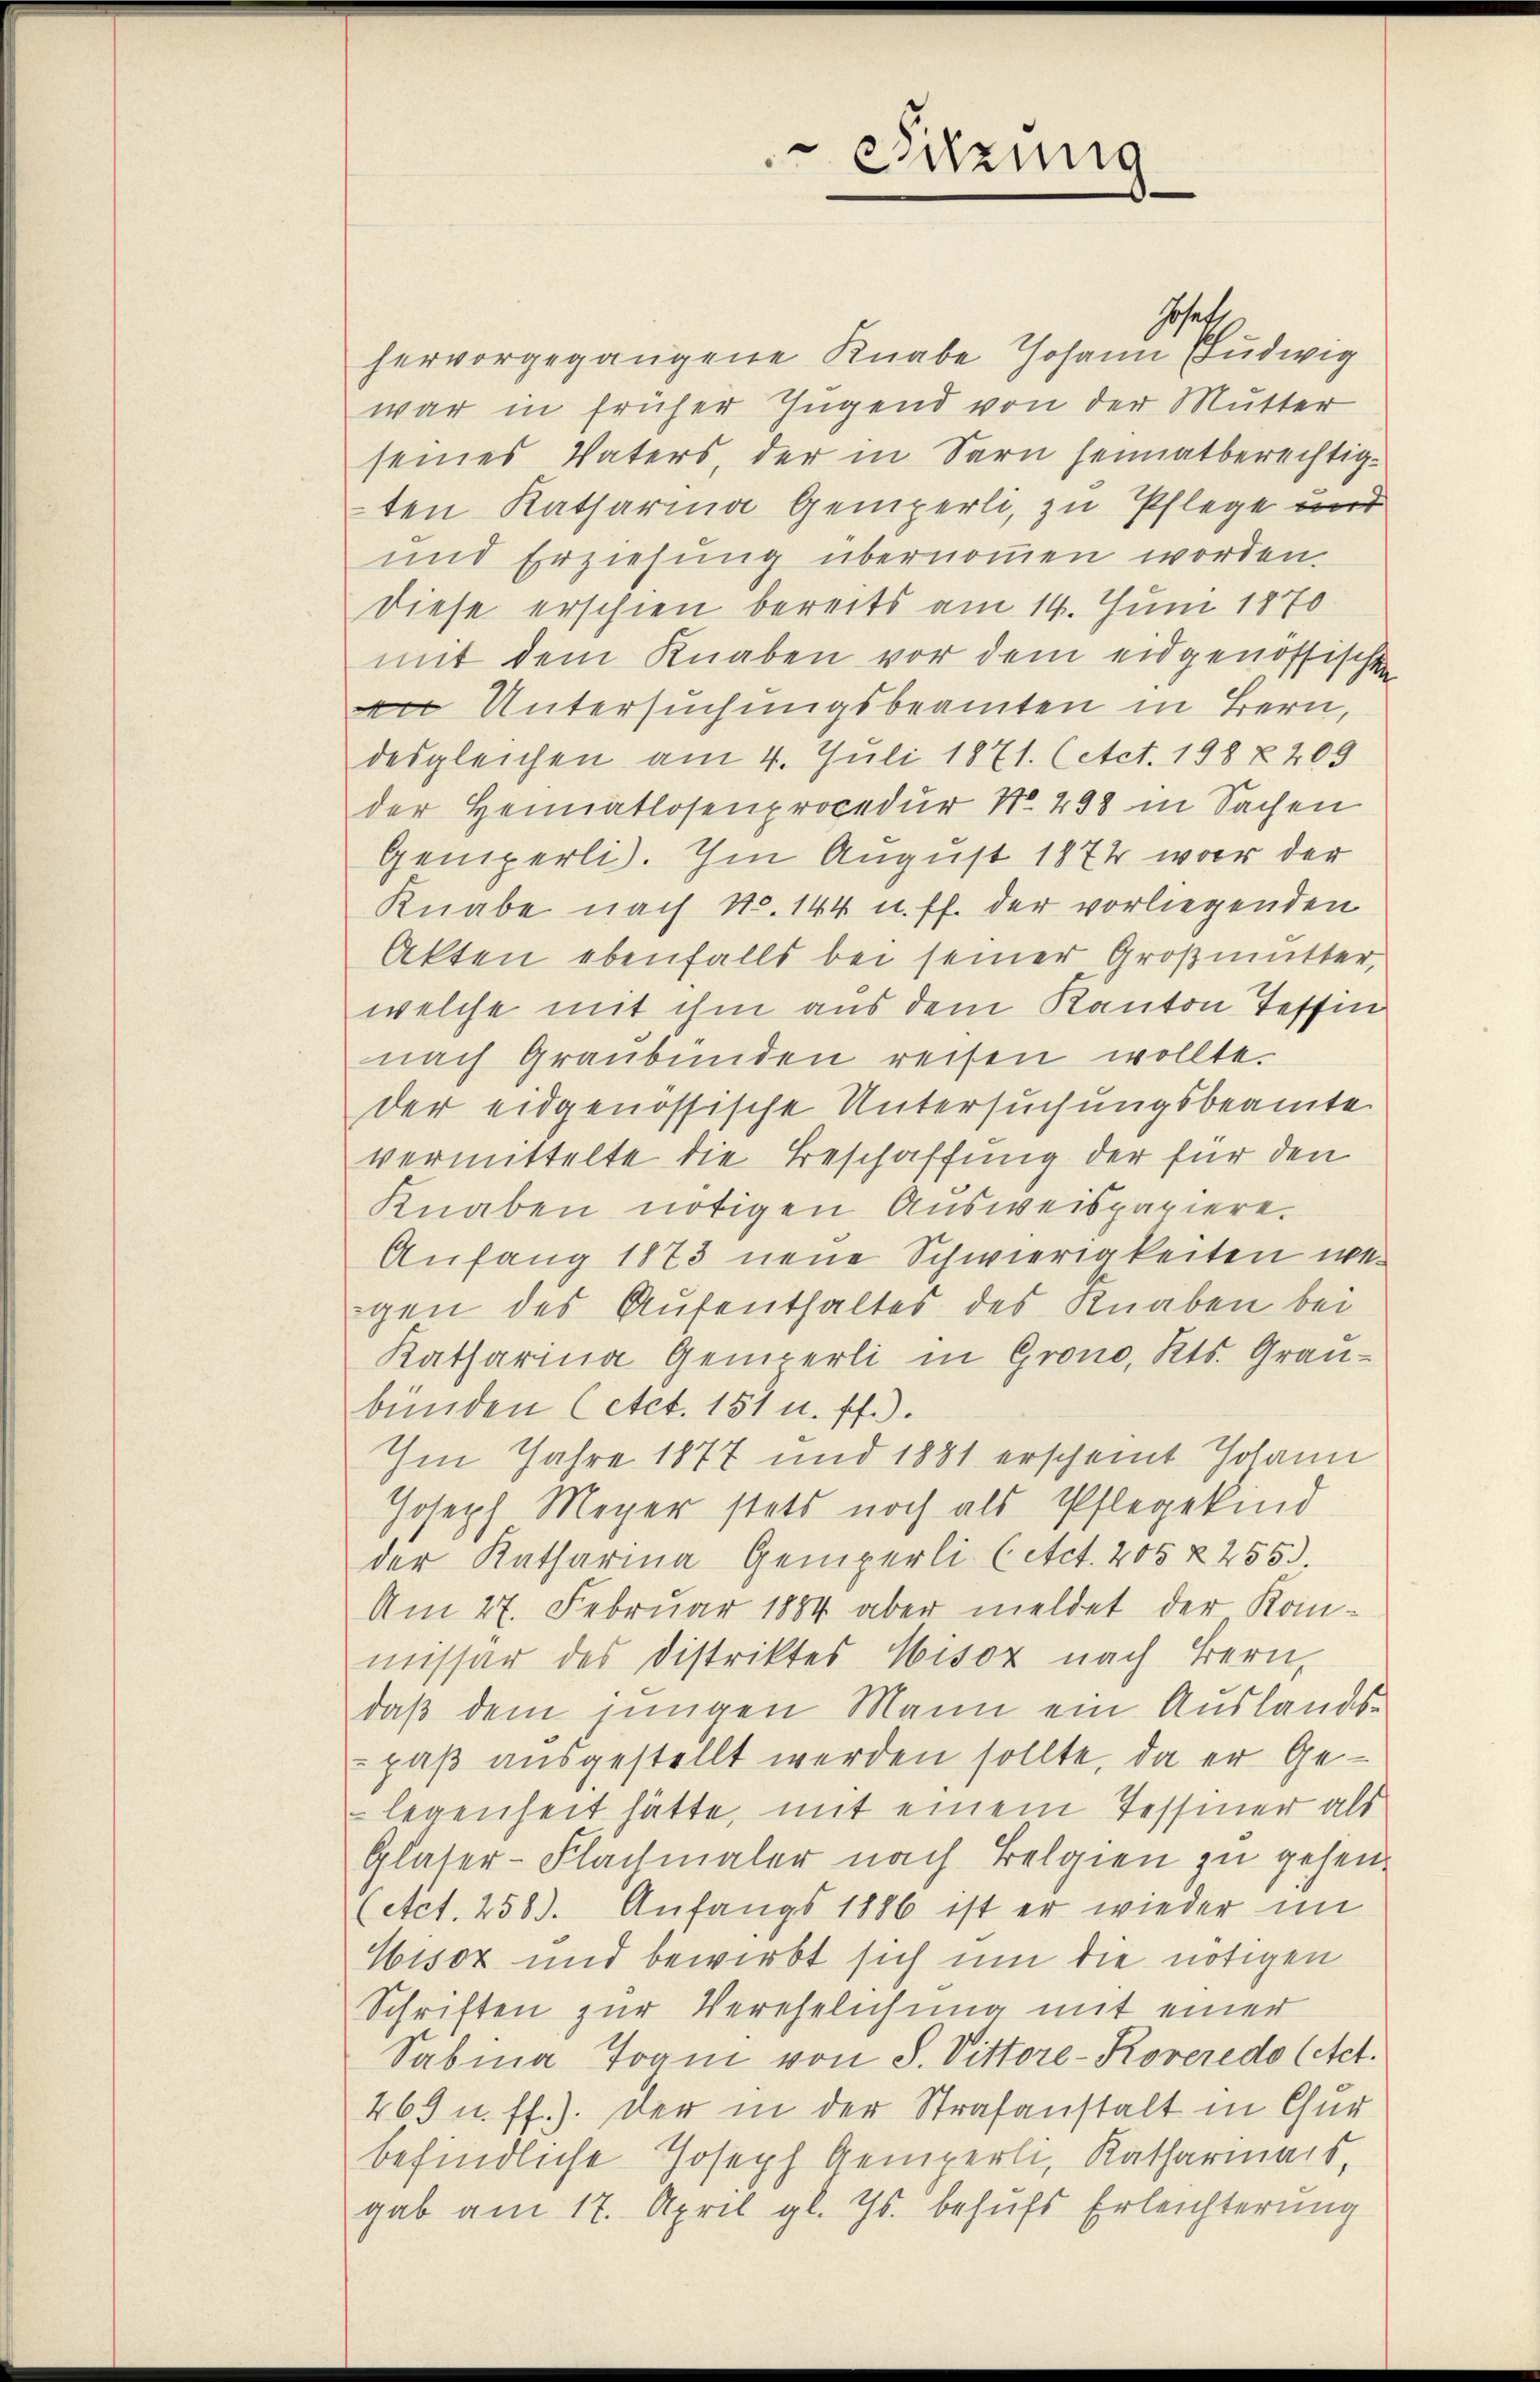
Jschaft
hervorgegangene Knabe Johann Ludwig
war in früher Jugend von der Mutter
seines Vaters, der in Sarn heimatberechtigten Katharina Gemperli, zu Pflege und
und Erziehung übernommen worden.
Diese erschien bereits am 14. Juni 1870
mit dem Knaben vor dem eidgenössischen
 Untersuchungsbeamten in Bern,
desgleichen am 4. Juli 1871. (Act. 198 § 209
der Heimatlosenprocedur No. 298 in Sachen
Gemperli. Im August 1874 war der
Knabe nach No. 144 u. ff. der vorliegenden
Akten ebenfalls bei seiner Großmutter,
welche mit ihm aus dem Kanton Teffin
nach Graubünden reisen wollte.
der eidgenössische Untersuchungsbeamte
vermittelte die Beschaffung der für den
Knaben nötigen Ausweispapiere.
Anfang 1873 neue Schwierigkeiten wegen des Aufenthaltes des Knaben bei
Katharina Gemperli in Grono, Kts. Grau-
bünden (etct. 151 u. ff.).
Im Jahre 1877 und 1881 erscheint Johann
Joseph Meyer stets noch als Pflegekind
der Katharina Gemperli (Act. 205 § 255.
Am 27. Februar 1884 aber meldet der Kommissar des Distriktes Wisoz nach Bern,
daß dem jungen Mann ein Auslands-
paß ausgestellt werden sollte, da er Gelegenheit hätte, mit einem Tessiner als
Glaser-Flachmaler nach Belgien zu gehen¬
(etct. 258). Anfangs 1886 ist er wieder im
Wisox und bewirbt sich um die nötigen
Schriften zur Verehelichung mit einer
Sabina Tram von S. Vittore-Koveredo (Act.
469 u. ff.). Der in der Strafanstalt in Chur
befindliche Joseph Gemperli, Katharmais,
gab am 17. April gl. Js. behufs Erleichterung

sirung